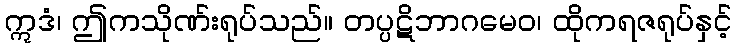
ဣဒံ၊ ဤကသိုဏ်းရုပ်သည်။ တပ္ပဋိဘာဂမေဝ၊ ထိုကရဇရုပ်နှင့်